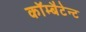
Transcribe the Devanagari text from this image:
कॉम्बैटेन्ट